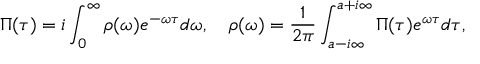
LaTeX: \Pi ( \tau ) = i \int _ { 0 } ^ { \infty } \rho ( \omega ) e ^ { - \omega \tau } d \omega , \quad \rho ( \omega ) = \frac { 1 } { 2 \pi } \int _ { a - i \infty } ^ { a + i \infty } \Pi ( \tau ) e ^ { \omega \tau } d \tau ,